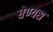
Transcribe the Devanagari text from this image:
घेण्यस